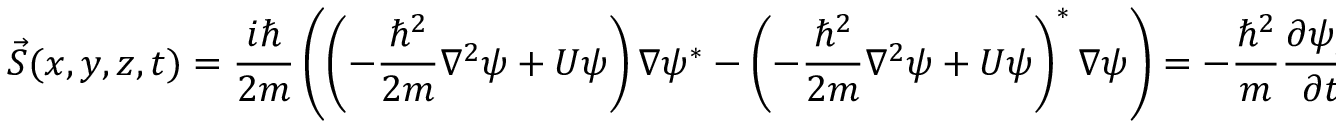
\vec { S } ( x , y , z , t ) = \frac { i \hbar } { 2 m } \left( \left( - \frac { \hbar ^ { 2 } } { 2 m } \nabla ^ { 2 } \psi + U \psi \right) \nabla \psi ^ { * } - \left( - \frac { \hbar ^ { 2 } } { 2 m } \nabla ^ { 2 } \psi + U \psi \right) ^ { * } \nabla \psi \right) = - \frac { \hbar ^ { 2 } } { m } \frac { \partial \psi _ { R } } { \partial t } \nabla \psi _ { R } - \frac { \hbar ^ { 2 } } { m } \frac { \partial \psi _ { I } } { \partial t } \nabla \psi _ { I } \, .